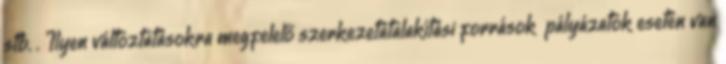
stb. . Ilyen változtatásokra megfelelő szerkezetátalakítási források pályázatok esetén van